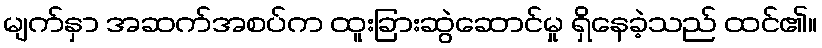
မျက်နှာ အဆက်အစပ်က ထူးခြားဆွဲဆောင်မှု ရှိနေခဲ့သည် ထင်၏။